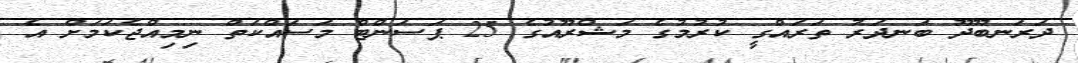
ދަރަނބޫދޫ ބަނދަރު ތަރައްގީ ކުރުމުގެ މަޝްރޫއުގެ 25 ޕަސަންޓް މަސައްކަތް ނިމިއްޖެކަމަށް އެ